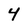
Character: 4